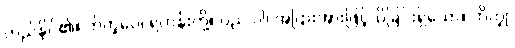
တည်နိုင်၏။ ဘိက္ခဝေ၊ ရဟန်းတို့။ ပည ဝါ၊ အပြားအားဖြင့်သိခြင်းရှိသော။ ဘိက္ခု၊